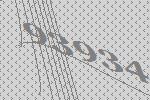
93934